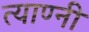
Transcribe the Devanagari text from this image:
त्याण्नी